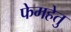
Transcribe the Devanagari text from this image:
फेमहेतु